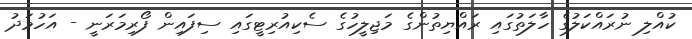
ކުއްލި ނުރައްކަލުގެ ހާލަތުގައި ރައްޔިތުންގެ މަޖިލީހުގެ ސެކިއުރިޓީގައި ސިފައިން ފޯރިމަރަނީ - އަހުމަދު